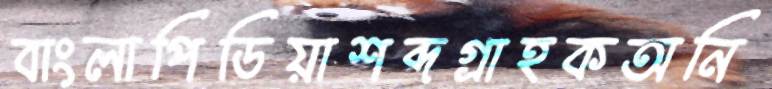
বাংলাপিডিয়াশব্দগ্রাহকঅনি